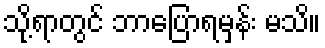
သို့ရာတွင် ဘာပြောရမှန်း မသိ။